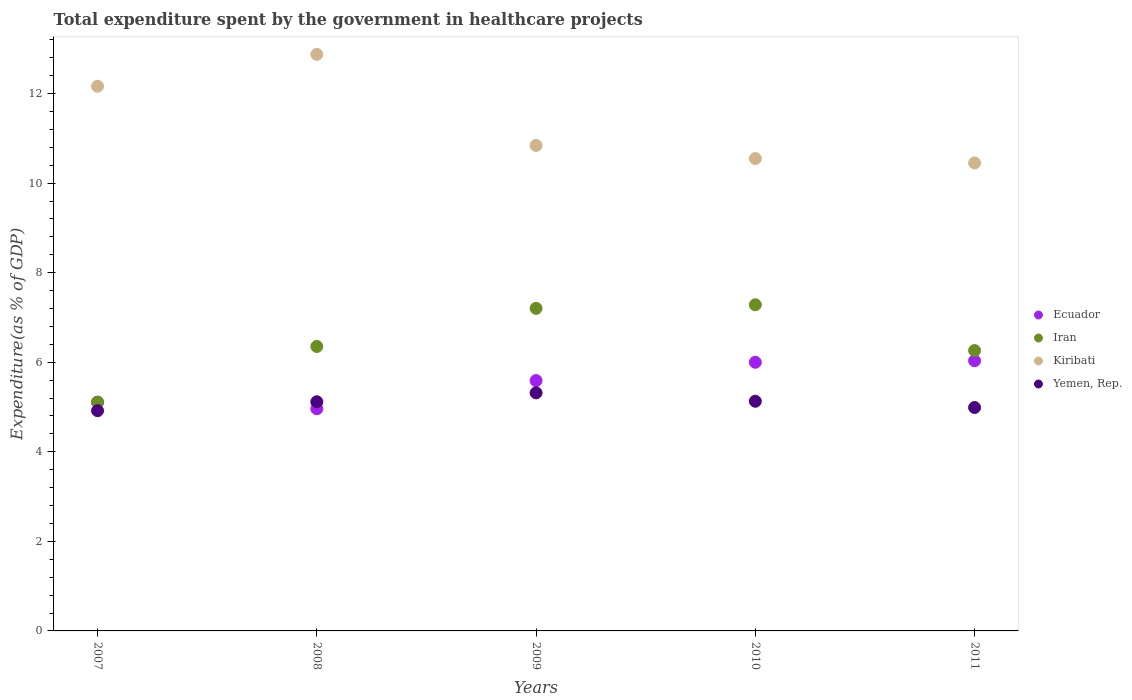
| Years | Ecuador | Iran | Kiribati | Yemen, Rep. |
 | --- | --- | --- | --- | --- |
 | 2007 | 5.11 | 5.11 | 12.2 | 4.92 |
 | 2008 | 4.96 | 6.35 | 12.9 | 5.12 |
 | 2009 | 5.59 | 7.2 | 10.8 | 5.32 |
 | 2010 | 6 | 7.28 | 10.5 | 5.13 |
 | 2011 | 6.03 | 6.26 | 10.4 | 4.99 |